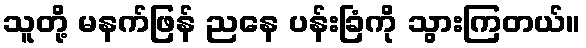
သူတို့ မနက်ဖြန် ညနေ ပန်းခြံကို သွားကြတယ်။